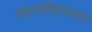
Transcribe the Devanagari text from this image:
सत्ताधीशांनंतर